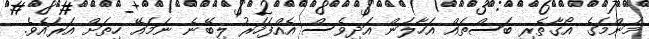
މަންމަގެ އޯގާތެރި ބަސްތައް އަހާލަން އަދިވެސް އެއްފަހަރު ލިބޭނެ ނަމައޭ ހިތަށް އަރައެވެ.